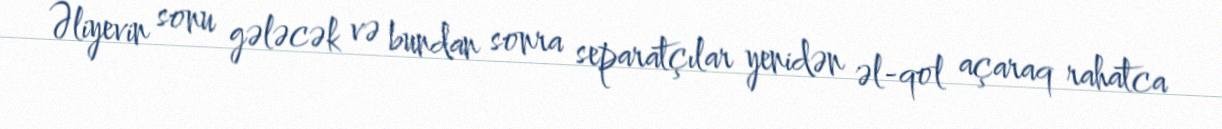
Əliyevin sonu gələcək və bundan sonra separatçılar yenidən əl-qol açaraq rahatca